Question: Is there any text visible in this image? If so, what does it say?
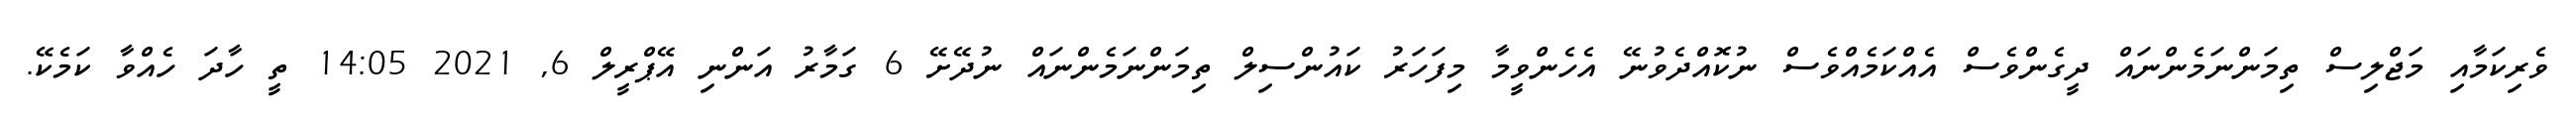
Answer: ވެރިކަމާއި މަޖްލިސް ތިމަންނަމެންނައް ދީގެންވެސް އެއްކަމެއްވެސް ނުކޮއްދެވުނޭ އެހެންވީމާ މިފަހަރު ކައުންސިލް ތިމަންނަމެންނައް ނުދޭށޭ 6 ގަމާރު އަންނި އޭޕްރީލް 6, 2021 14:05 ތީ ހާދަ ހެއްވާ ކަމެކޭ.